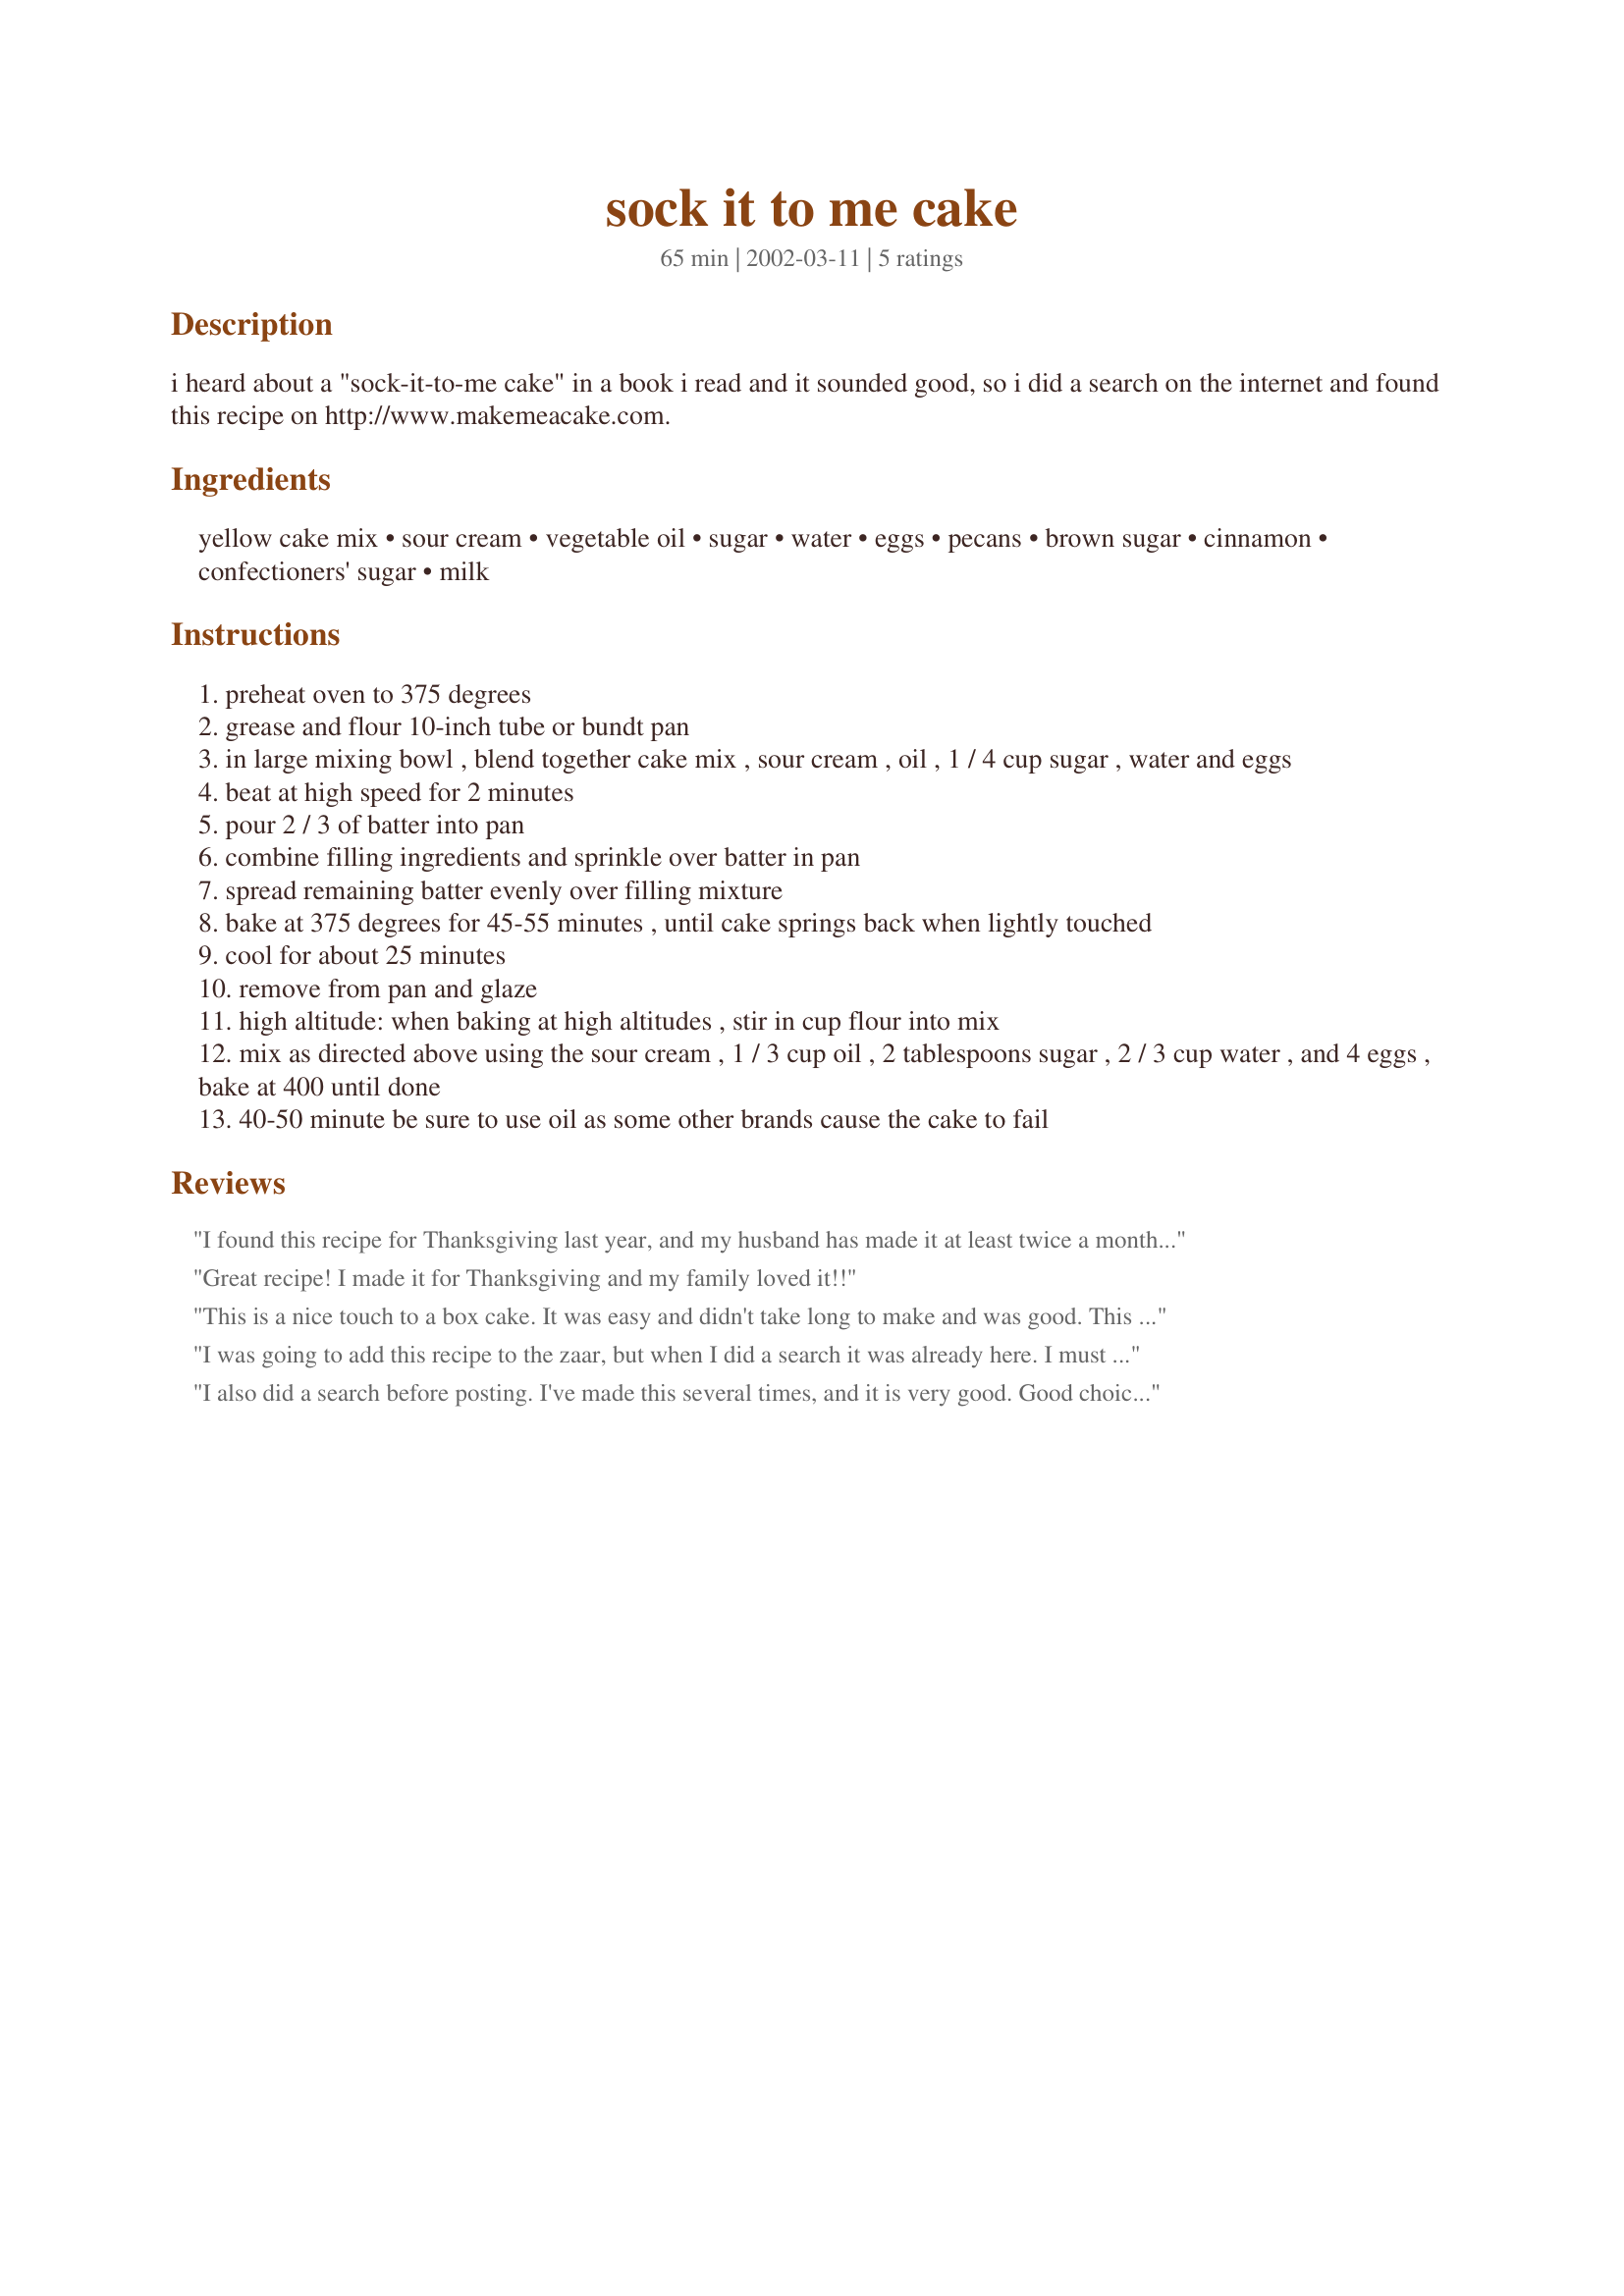
sock it to me cake
Preparation time: 65 minutes

i heard about a "sock-it-to-me cake" in a book i read and it sounded good, so i did a search on the internet and found this recipe on http://www.makemeacake.com.

Ingredients:
yellow cake mix, sour cream, vegetable oil, sugar, water, eggs, pecans, brown sugar, cinnamon, confectioners' sugar, milk

Steps:
preheat oven to 375 degrees
grease and flour 10-inch tube or bundt pan
in large mixing bowl , blend together cake mix , sour cream , oil , 1 / 4 cup sugar , water and eggs
beat at high speed for 2 minutes
pour 2 / 3 of batter into pan
combine filling ingredients and sprinkle over batter in pan
spread remaining batter evenly over filling mixture
bake at 375 degrees for 45-55 minutes , until cake springs back when lightly touched
cool for about 25 minutes
remove from pan and glaze
high altitude: when baking at high altitudes , stir in cup flour into mix
mix as directed above using the sour cream , 1 / 3 cup oil , 2 tablespoons sugar , 2 / 3 cup water , and 4 eggs , bake at 400 until done
40-50 minute be sure to use oil as some other brands cause the cake to fail

Reviews:
I found this recipe for Thanksgiving last year, and my husband has made it at least twice a month ever since! WE LOVE IT!!!
Great recipe! I made it for Thanksgiving and my family loved it!!
This is a nice touch to a box cake. It was easy and didn't take long to make and was good. This one is a keeper for me.
I was going to add this recipe to the zaar, but when I did a search it was already here. I must give it 5 stars! It is so easy, moist and delicious!
I also did a search before posting. I've made this several times, and it is very good. Good choice Andrea & Junebug. Nice touch to a box cake!!
